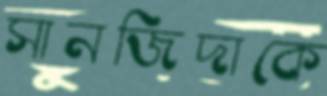
সানজিদাকে